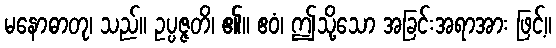
မနောဓာတု၊ သည်။ ဥပ္ပဇ္ဇတိ၊ ၏။ ဧဝံ၊ ဤသို့သော အခြင်းအရာအား ဖြင့်။